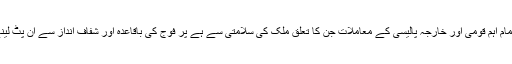
نواز شریف حکومت کو تمام اہم قومی اور خارجہ پالیسی کے معاملات جن کا تعلق ملک کی سلامتی سے ہے پر فوج کی باقاعدہ اور شفاف انداز سے اِن پُٹ لینے کا بندوبست کرنا ہوگا۔